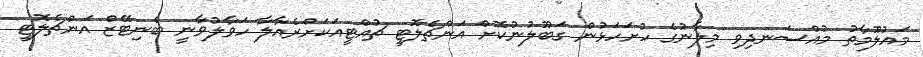
މައުލޫމާތު މުއްސަނދިވި މިލާނުގެ ހުށަހަޅުން ގަބޫލުނުކޮށް އަންޗެލޮޓީ ޗުއްޓީއަކަށްރެއާލާ ހަވާލުވާނީ ބެނިޓޭޒް އަންޗެލޮޓީ